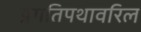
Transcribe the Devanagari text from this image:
प्रगतिपथावरिल